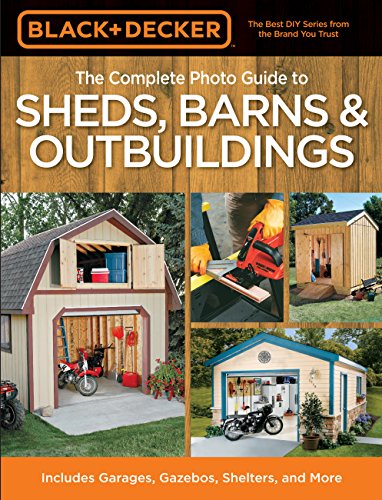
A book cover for Black & Decker The Complete Photo Guide to Sheds, Barns & Outbuildings: Includes Garages, Gazebos, Shelters and More (Black & Decker Complete Photo Guide); Editors of Creative Publishing; Crafts, Hobbies & Home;